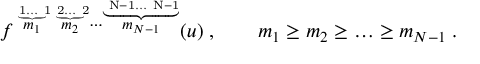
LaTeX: f ^ { \stackrel { \underbrace { \mathrm { \scriptsize ~ 1 \ldots ~ 1 } } } { m _ { 1 } } \stackrel { \underbrace { \mathrm { \scriptsize ~ 2 \ldots ~ 2 } } } { m _ { 2 } } \cdots \stackrel { \underbrace { \mathrm { \scriptsize ~ N - 1 \ldots ~ N - 1 } } } { m _ { N - 1 } } } ( u ) \; , \qquad { m _ { 1 } \geq m _ { 2 } \geq \ldots \geq m _ { N - 1 } } \; .